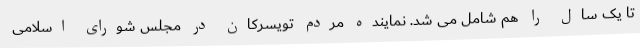
تا یک سال را هم شامل می شد. نماینده مردم تویسرکان در مجلس شورای اسلامی